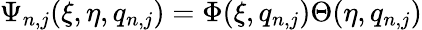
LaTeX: \Psi_{n,j}(\xi,\eta,q_{n,j})=\Phi(\xi,q_{n,j})\Theta(\eta,q_{n,j})